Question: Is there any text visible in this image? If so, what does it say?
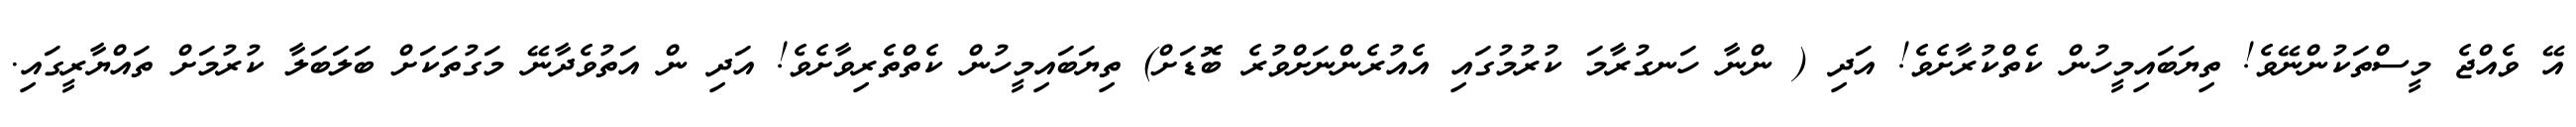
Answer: އޭ ވެއްޖެ މީސްތަކުންނޭވެ! ތިޔަބައިމީހުން ކެތްކުރާށެވެ! އަދި ( ންނާ ހަނގުރާމަ ކުރުމުގައި އެއުރެންނަށްވުރެ ބޮޑަށް) ތިޔަބައިމީހުން ކެތްތެރިވާށެވެ! އަދި ން އަތުވެދާނޭ މަގުތަކަށް ބަލަބަލާ ކުރުމަށް ތައްޔާރީގައި.